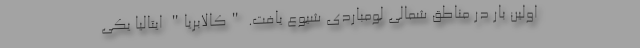
اولین بار در مناطق شمالی لومباردی شیوع یافت. "کالابریا" ایتالیا یکی